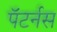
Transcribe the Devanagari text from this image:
पॅटर्नस